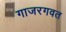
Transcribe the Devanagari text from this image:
गाजरगवत